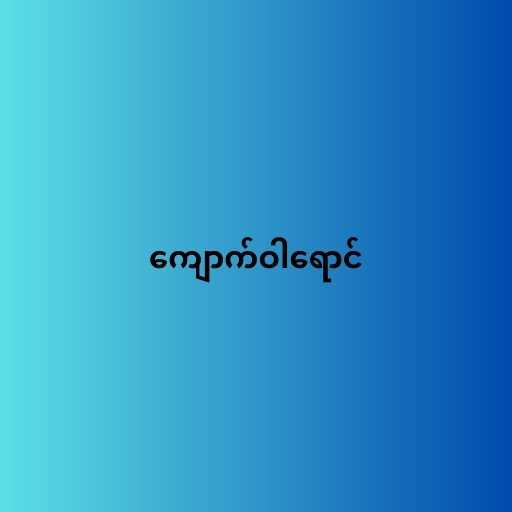
ကျောက်ဝါရောင်